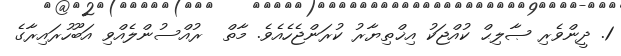
1. ދީންވެރި ޞާލިޙް ކުއްޖަކު އިޚްތިޔާރު ކުރަންޖެހެއެވެ. މާތް  ރުއްސުންލެއްވި އަބޫހުރައިރާގެ